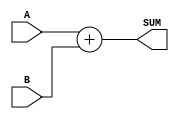
`timescale 1ns / 1ps

////////////////////////////////////////////////////////////////////////////////
// Company: The College of New Jersey
//
// Module Name:	  Behavioral Adder Implementation
// Project Name:  Behavioral 64-bit Adder
////////////////////////////////////////////////////////////////////////////////

module Behavioral_Adder (

	// Inputs
	input [63:0] A,
	input [63:0] B,
	
	// Output
	output [63:0] SUM
	);
	
	// Simple assign statement to replicate adder behavior
	assign SUM = A + B;
	
endmodule